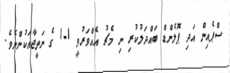
ސްޕެއިން އަދި ޕޮލެންޑް ބައްދަލުކުރި ނި މެޗު އެއްވަރުވީ 1-1 ގެ ނަތީޖާއަކުންނެވެ.